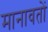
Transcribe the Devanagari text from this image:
मानावतों